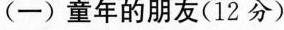
(─)童年的朋友(12分)